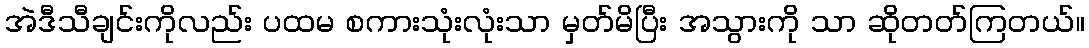
အဲဒီသီချင်းကိုလည်း ပထမ စကားသုံးလုံးသာ မှတ်မိပြီး အသွားကို သာ ဆိုတတ်ကြတယ်။